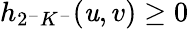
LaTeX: h_{2^{-}K^{-}}(\mathit{u},v)\geq0